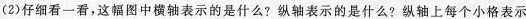
(2)仔细看一看,这幅图中横轴表示的是什么?纵轴表示的是什么?纵轴上每个小格表示